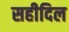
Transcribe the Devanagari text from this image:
सहीदिल